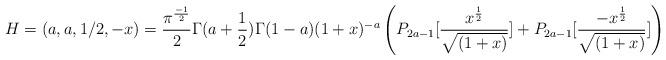
LaTeX: \begin{align*}H=(a,a,1/2,-x)={\pi^{{-1\over 2}} \over 2}\Gamma(a+{1\over 2})\Gamma(1-a)(1+x)^{-a}\left( P_{2a-1}[{x^{1\over 2}\over\sqrt{(1+x)}}]+P_{2a-1}[{-x^{1\over2}\over\sqrt{(1+x)}}] \right)\end{align*}